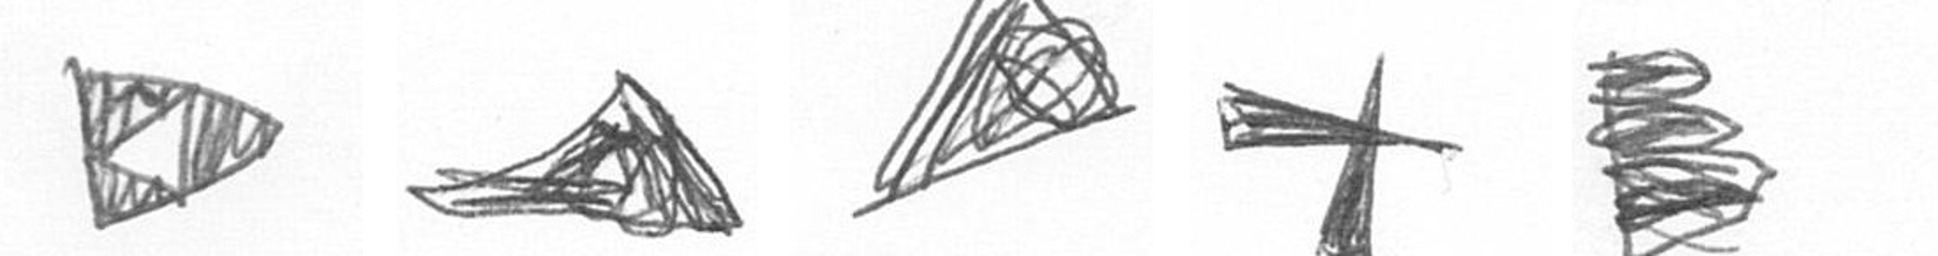
K O O G H